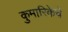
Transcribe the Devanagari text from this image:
कुमारिकेचे